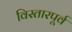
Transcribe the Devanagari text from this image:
विस्तारपूर्व